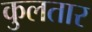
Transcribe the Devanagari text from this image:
कुलतार